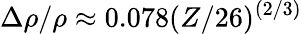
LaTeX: \Delta\rho/\rho\approx 0.078(Z/26)^{(2/3)}